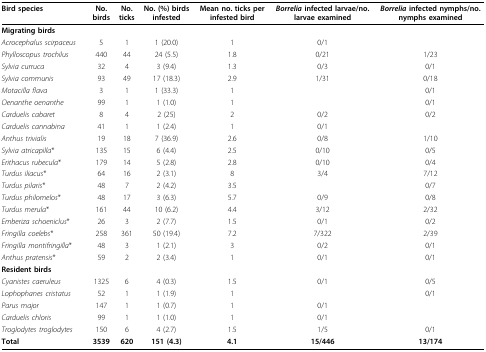
<table><thead><tr><td><b>Bird species</b></td><td><b>No. birds</b></td><td><b>No. ticks</b></td><td><b>No. (%) birds infested</b></td><td><b>Mean no. ticks per infested bird</b></td><td><b><i>Borrelia </i>infected larvae/no. larvae examined</b></td><td><b><i>Borrelia </i>infected nymphs/no. nymphs examined</b></td></tr></thead><tbody><tr><td><b>Migrating birds</b></td><td></td><td></td><td></td><td></td><td></td><td></td></tr><tr><td><i>Acrocephalus scirpaceus</i></td><td>5</td><td>1</td><td>1 (20.0)</td><td>1</td><td>0/1</td><td></td></tr><tr><td><i>Phylloscopus trochilus</i></td><td>440</td><td>44</td><td>24 (5.5)</td><td>1.8</td><td>0/21</td><td>1/23</td></tr><tr><td><i>Sylvia curruca</i></td><td>32</td><td>4</td><td>3 (9.4)</td><td>1.3</td><td>0/3</td><td>0/1</td></tr><tr><td><i>Sylvia communis</i></td><td>93</td><td>49</td><td>17 (18.3)</td><td>2.9</td><td>1/31</td><td>0/18</td></tr><tr><td><i>Motacilla flava</i></td><td>3</td><td>1</td><td>1 (33.3)</td><td>1</td><td></td><td>0/1</td></tr><tr><td><i>Oenanthe oenanthe</i></td><td>99</td><td>1</td><td>1 (1.0)</td><td>1</td><td></td><td>0/1</td></tr><tr><td><i>Carduelis cabaret</i></td><td>8</td><td>4</td><td>2 (25)</td><td>2</td><td>0/2</td><td>0/2</td></tr><tr><td><i>Carduelis cannabina</i></td><td>41</td><td>1</td><td>1 (2.4)</td><td>1</td><td>0/1</td><td></td></tr><tr><td><i>Anthus trivialis</i></td><td>19</td><td>18</td><td>7 (36.9)</td><td>2.6</td><td>0/8</td><td>1/10</td></tr><tr><td><i>Sylvia atricapilla</i>*</td><td>135</td><td>15</td><td>6 (4.4)</td><td>2.5</td><td>0/10</td><td>0/5</td></tr><tr><td><i>Erithacus rubecula</i>*</td><td>179</td><td>14</td><td>5 (2.8)</td><td>2.8</td><td>0/10</td><td>0/4</td></tr><tr><td><i>Turdus iliacus</i>*</td><td>64</td><td>16</td><td>2 (3.1)</td><td>8</td><td>3/4</td><td>7/12</td></tr><tr><td><i>Turdus pilaris</i>*</td><td>48</td><td>7</td><td>2 (4.2)</td><td>3.5</td><td></td><td>0/7</td></tr><tr><td><i>Turdus philomelos</i>*</td><td>48</td><td>17</td><td>3 (6.3)</td><td>5.7</td><td>0/9</td><td>0/8</td></tr><tr><td><i>Turdus merula</i>*</td><td>161</td><td>44</td><td>10 (6.2)</td><td>4.4</td><td>3/12</td><td>2/32</td></tr><tr><td><i>Emberiza schoeniclus</i>*</td><td>26</td><td>3</td><td>2 (7.7)</td><td>1.5</td><td>0/1</td><td>0/2</td></tr><tr><td><i>Fringilla coelebs</i>*</td><td>258</td><td>361</td><td>50 (19.4)</td><td>7.2</td><td>7/322</td><td>2/39</td></tr><tr><td><i>Fringilla montifringilla</i>*</td><td>48</td><td>3</td><td>1 (2.1)</td><td>3</td><td>0/2</td><td>0/1</td></tr><tr><td><i>Anthus pratensis</i>*</td><td>59</td><td>2</td><td>2 (3.4)</td><td>1</td><td>0/1</td><td>0/1</td></tr><tr><td><b>Resident birds</b></td><td></td><td></td><td></td><td></td><td></td><td></td></tr><tr><td><i>Cyanistes caeruleus</i></td><td>1325</td><td>6</td><td>4 (0.3)</td><td>1.5</td><td>0/1</td><td>0/5</td></tr><tr><td><i>Lophophanes cristatus</i></td><td>52</td><td>1</td><td>1 (1.9)</td><td>1</td><td></td><td>0/1</td></tr><tr><td><i>Parus major</i></td><td>147</td><td>1</td><td>1 (0.7)</td><td>1</td><td>0/1</td><td></td></tr><tr><td><i>Carduelis chloris</i></td><td>99</td><td>1</td><td>1 (1.0)</td><td>1</td><td>0/1</td><td></td></tr><tr><td><i>Troglodytes troglodytes</i></td><td>150</td><td>6</td><td>4 (2.7)</td><td>1.5</td><td>1/5</td><td>0/1</td></tr><tr><td><b>Total</b></td><td><b>3539</b></td><td><b>620</b></td><td><b>151 (4.3)</b></td><td><b>4.1</b></td><td><b>15/446</b></td><td><b>13/174</b></td></tr></tbody></table>